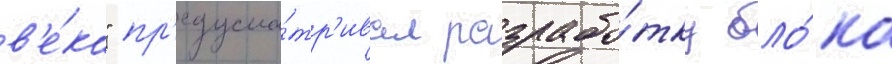
в'е́ка" пр'едусма́тр'ивал разрабо́тку бло́ка